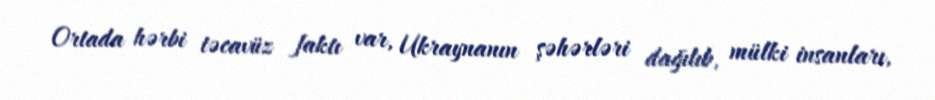
Ortada hərbi təcavüz faktı var, Ukraynanın şəhərləri dağılıb, mülki insanları,